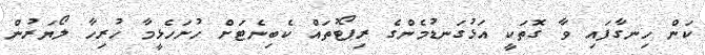
ކަން ހިނގާފައި ވާ ގޮތަކީ އަޅުގަނޑުމެންގެ ރިޕޯޓުތައް ކެބިނެޓަށް ހުށަހެޅީމާ ހުރިހާ ލޯޔަރުން